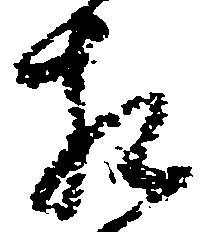
相